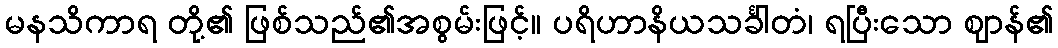
မနသိကာရ တို့၏ ဖြစ်သည်၏အစွမ်းဖြင့်။ ပရိဟာနိယသင်္ခါတံ၊ ရပြီးသော ဈာန်၏